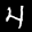
Label: 4